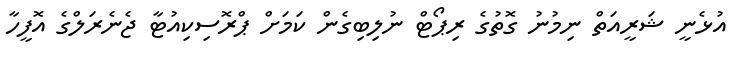
އުޅެނީ ޝަރީއަތް ނިމުނު ގޮތުގެ ރިޕޯޓް ނުލިބިގެން ކަމަށް ޕްރޮސިކިއުޓާ ޖެނެރަލްގެ އޮފީހާ